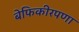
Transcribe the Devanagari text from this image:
बेफिकीरपणा